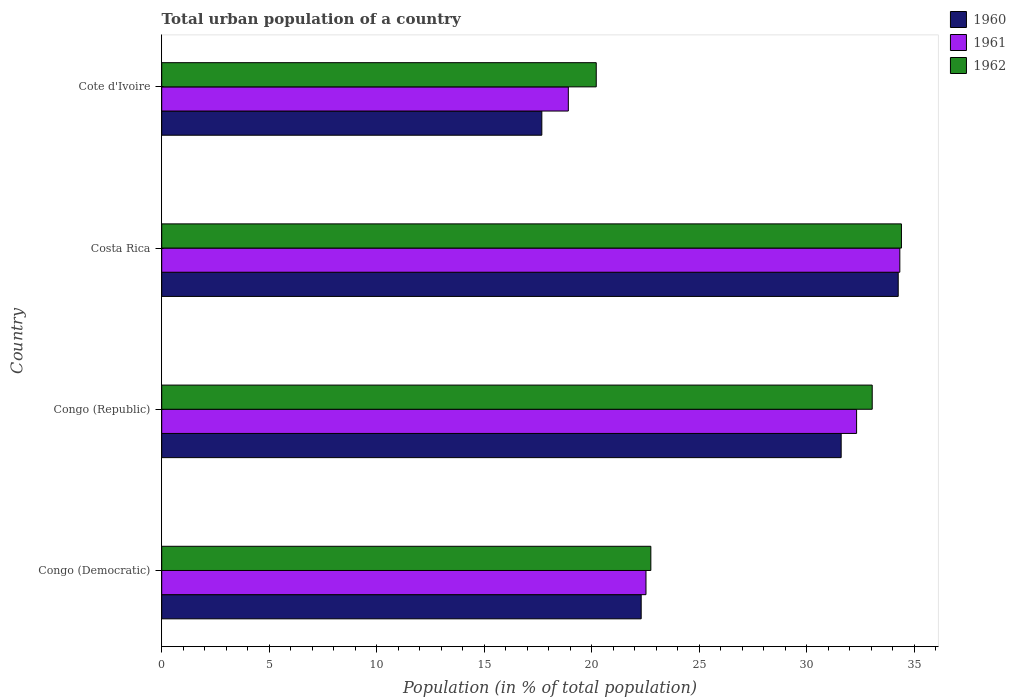
| Country | 1960 | 1961 | 1962 |
 | --- | --- | --- | --- |
 | Congo (Democratic) | 22.3 | 22.5 | 22.7 |
 | Congo (Republic) | 31.6 | 32.3 | 33 |
 | Costa Rica | 34.3 | 34.3 | 34.4 |
 | Cote d'Ivoire | 17.7 | 18.9 | 20.2 |